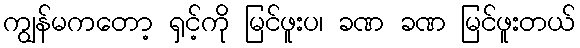
ကျွန်မကတော့ ရှင့်ကို မြင်ဖူးပ၊ ခဏ ခဏ မြင်ဖူးတယ်